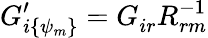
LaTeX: G_{i\{ \psi_{m}\} }^{\prime}=G_{ir}^{}R_{rm}^{-1}